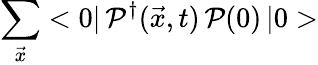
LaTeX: \sum_{\vec{x}}<0|\, {\cal P}^{\dagger}(\vec{x},t)\, {\cal P}(0)\, |0>